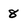
Character: 8